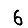
Digit: 6